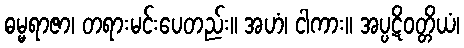
ဓမ္မရာဇာ၊ တရားမင်းပေတည်း။ အဟံ၊ ငါကား။ အပ္ပဋိဝတ္တိယံ၊